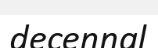
decennal